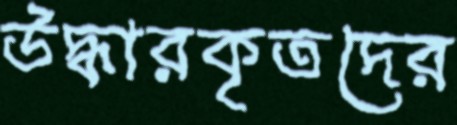
উদ্ধারকৃতদের